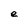
Character: e